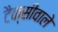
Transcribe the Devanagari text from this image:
टैक्सीवाले